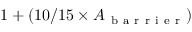
1 + ( 1 0 / 1 5 \times A _ { \mathrm { ~ b ~ a ~ r ~ r ~ i ~ e ~ r ~ } } )